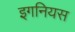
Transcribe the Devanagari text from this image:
इगनियस